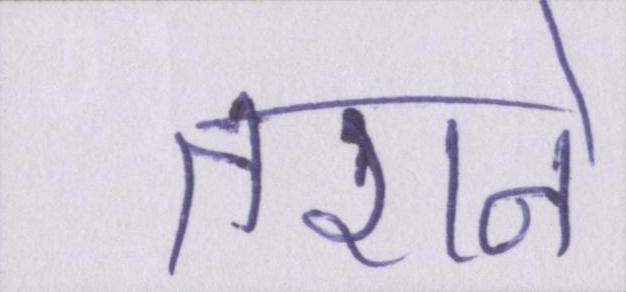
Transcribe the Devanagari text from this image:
तराने